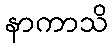
နာကာသိ